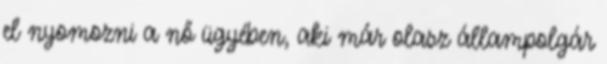
el nyomozni a nő ügyében, aki már olasz állampolgár